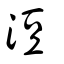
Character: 浢